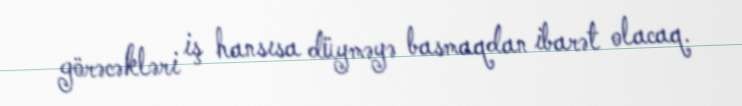
görəcəkləri iş hansısa düyməyə basmaqdan ibarət olacaq.